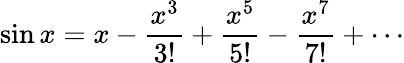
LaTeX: \sin x=x-{\frac{x^{3}}{3!}}+{\frac{x^{5}}{5!}}-{\frac{x^{7}}{7!}}+\cdots